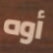
أوه